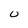
Character: 0